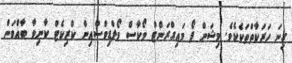
ގިނަ ހަރަކާތްތަކެކެވެ. މިޝަން ފޯ މައިގްރަންޓް ވޯކާސް މޯލްޑިވްސްއިން ކްރިކެޓް ކާނިވާ ބާއްވަން